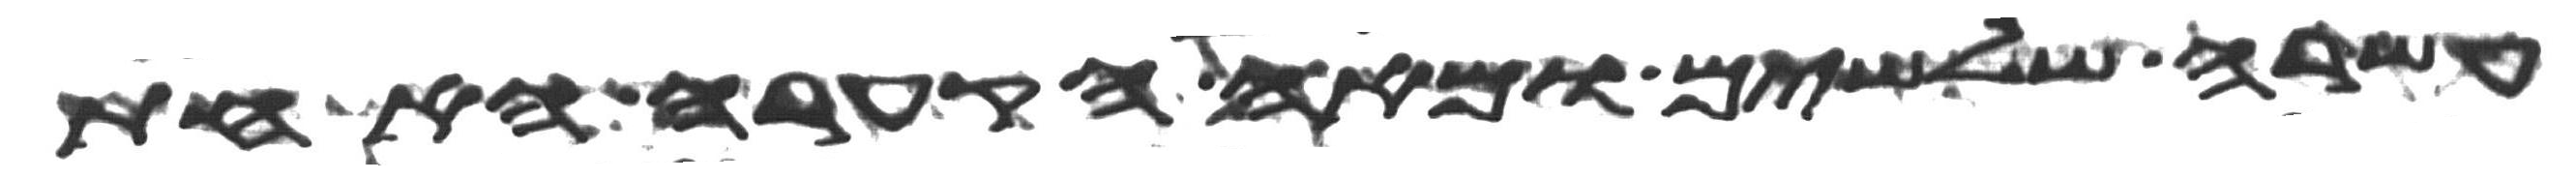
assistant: עשרה שלשים ומאה הקערה האחת